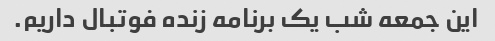
این جمعه شب یک برنامه زنده فوتبال داریم.